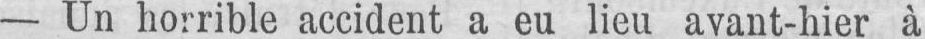
- Un horrible accident a eu lieu avant-hier à